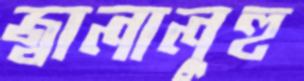
জ্বালালুহু